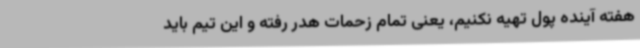
هفته آینده پول تهیه نکنیم، یعنی تمام زحمات هدر رفته و این تیم باید